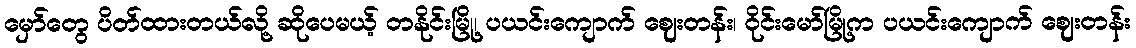
မှော်တွေ ပိတ်ထားတယ်လို့ ဆိုပေမယ့် တနိုင်းမြို့၊ ပယင်းကျောက် ဈေးတန်း၊ ဝိုင်းမော်မြို့က ပယင်းကျောက် ဈေးတန်း